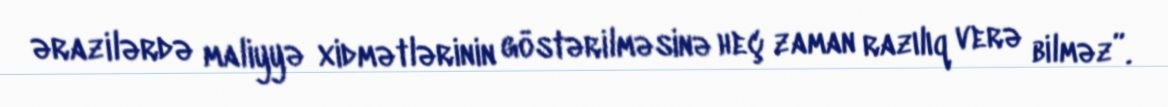
ərazilərdə maliyyə xidmətlərinin göstərilməsinə heç zaman razılıq verə bilməz”.